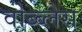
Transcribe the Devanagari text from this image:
वोब्ब्लेस